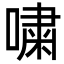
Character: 嘨